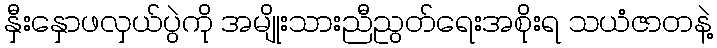
နှီးနှောဖလှယ်ပွဲကို အမျိုးသားညီညွတ်ရေးအစိုးရ သယံဇာတနဲ့